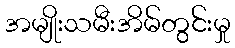
အမျိုးသမီးအိမ်တွင်းမှု